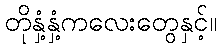
တိုနှံ့နှံ့ကလေးတွေနှင့်။